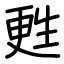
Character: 甦